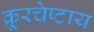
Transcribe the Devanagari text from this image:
क्रूरचेष्टाय